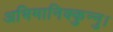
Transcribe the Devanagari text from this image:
अभिमानिक्कुन्नु।